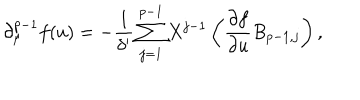
LaTeX: \partial _ { \mu } ^ { p - 1 } f ( u ) = - \frac { 1 } { \delta ^ { \prime } } \sum _ { j = 1 } ^ { p - 1 } X ^ { j - 1 } \left( \frac { \partial f } { \partial u } B _ { p - 1 , j } \right) ,